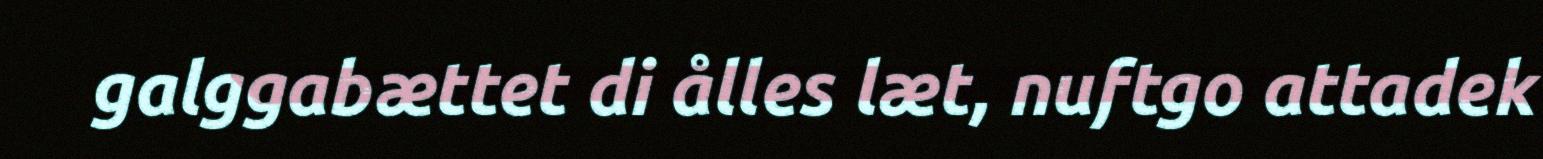
galggabættet di ålles læt, nuftgo attadek